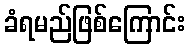
ခံရမည်ဖြစ်ကြောင်း